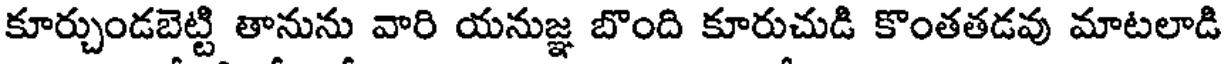
కూర్చుండబెట్టి తానును వారి యనుజ్ఞ బొంది కూరుచుడి కొంతతడవు మాటలాడి